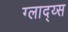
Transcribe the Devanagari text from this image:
ग्लाद्य्स